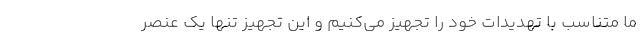
ما متناسب با تهدیدات خود را تجهیز می‌کنیم و این تجهیز تنها یک عنصر